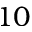
1 0